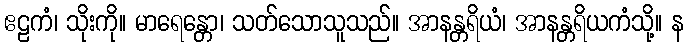
ဧဠကံ၊ သိုးကို။ မာရေန္တော၊ သတ်သောသူသည်။ အာနန္တရိယံ၊ အာနန္တရိယကံသို့။ န